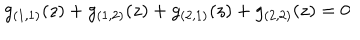
LaTeX: g _ { ( 1 , 1 ) } ( z ) + g _ { ( 1 , 2 ) } ( z ) + g _ { ( 2 , 1 ) } ( z ) + g _ { ( 2 , 2 ) } ( z ) = 0